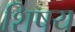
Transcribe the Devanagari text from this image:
शिषय